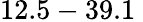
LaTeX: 12.5-39.1\